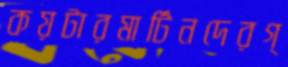
কয়টারমার্টিনদেরগ্